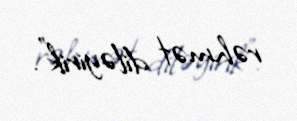
rəhmət diləyirik”.